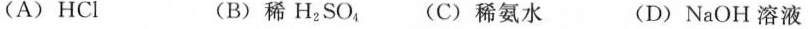
(A)HCl (B)稀H_{2}SO_{4} (C)稀氨水 (D)NaOH溶液